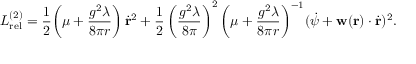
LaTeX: { \cal L } _ { \mathrm { r e l } } ^ { ( 2 ) } = \frac { 1 } { 2 } \biggl ( \mu + \frac { g ^ { 2 } \lambda } { 8 \pi r } \biggr ) \, \dot { { \bf r } } ^ { 2 } + \frac { 1 } { 2 } \left( \frac { g ^ { 2 } \lambda } { 8 \pi } \right) ^ { 2 } \biggl ( \mu + \frac { g ^ { 2 } \lambda } { 8 \pi r } \biggr ) ^ { - 1 } ( \dot { \psi } + { \bf w } ( { \bf r } ) \cdot \dot { { \bf r } } ) ^ { 2 } .